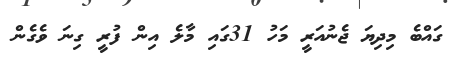
ގައްބެ މިދިޔަ ޖެނުއަރީ މަހު 31ގައި މާލެ އިން ފުރީ ގިނަ ވެގެން